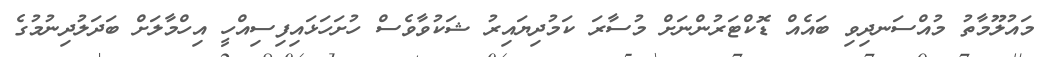
މައުލޫމާތު މުއްސަނދިވި ބައެއް ޑޮކްޓަރުންނަށް މުސާރަ ކަމުދިޔައިރު ޝަކުވާވެސް ހުށަހަޅައިފިސިއްހީ އިހްމާލަށް ބަދަލުދިނުމުގެ